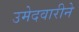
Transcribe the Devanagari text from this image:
उमेदवारीने